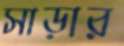
সাড়ার